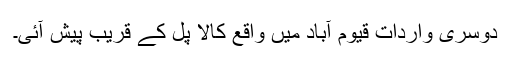
دوسری واردات قیوم آباد میں واقع کالا پل کے قریب پیش آئی۔